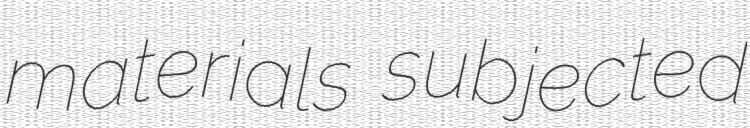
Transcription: materials subjected